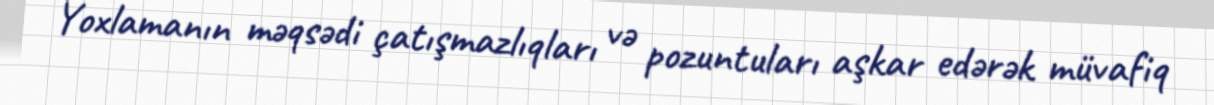
Yoxlamanın məqsədi çatışmazlıqları və pozuntuları aşkar edərək müvafiq